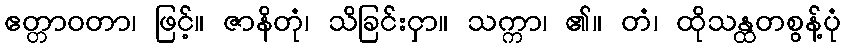
ဧတ္တာဝတာ၊ ဖြင့်။ ဇာနိတုံ၊ သိခြင်းငှာ။ သက္ကာ၊ ၏။ တံ၊ ထိုသန္ထတစွန့်ပုံ